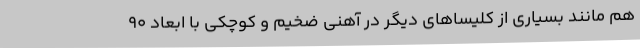
هم مانند بسیاری از کلیسا‌های دیگر در آهنی ضخیم و کوچکی با ابعاد ۹۰